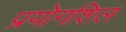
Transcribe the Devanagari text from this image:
प्रयोगशिल